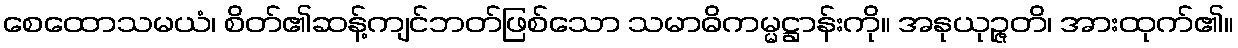
စေထောသမယံ၊ စိတ်၏ဆန့်ကျင်ဘတ်ဖြစ်သော သမာဓိကမ္မဋ္ဌာန်းကို။ အနုယုဉ္ဇတိ၊ အားထုက်၏။